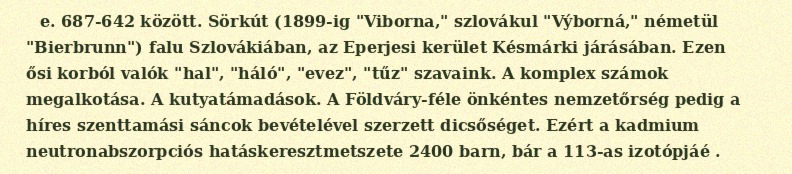
e. 687-642 között. Sörkút (1899-ig "Viborna," szlovákul "Výborná," németül "Bierbrunn") falu Szlovákiában, az Eperjesi kerület Késmárki járásában. Ezen ősi korból valók "hal", "háló", "evez", "tűz" szavaink. A komplex számok megalkotása. A kutyatámadások. A Földváry-féle önkéntes nemzetőrség pedig a híres szenttamási sáncok bevételével szerzett dicsőséget. Ezért a kadmium neutronabszorpciós hatáskeresztmetszete 2400 barn, bár a 113-as izotópjáé .